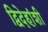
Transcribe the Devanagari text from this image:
द्विदेहांशी